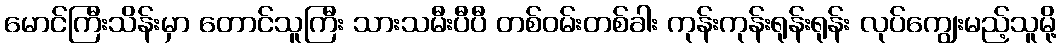
မောင်ကြီးသိန်းမှာ တောင်သူကြီး သားသမီးပီပီ တစ်ဝမ်းတစ်ခါး ကုန်းကုန်းရုန်းရုန်း လုပ်ကျွေးမည့်သူမို့